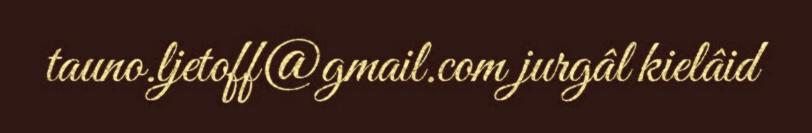
tauno.ljetoff@gmail.com jurgâl kielâid